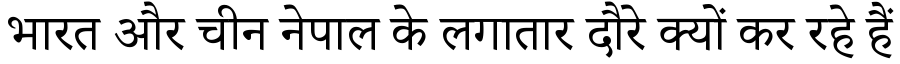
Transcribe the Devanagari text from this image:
भारत और चीन नेपाल के लगातार दौरे क्यों कर रहे हैं